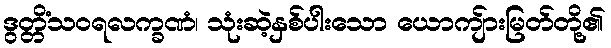
ဒွတ္တိံသဝရလက္ခဏံ၊ သုံးဆဲ့နှစ်ပါးသော ယောကျ်ားမြတ်တို့၏